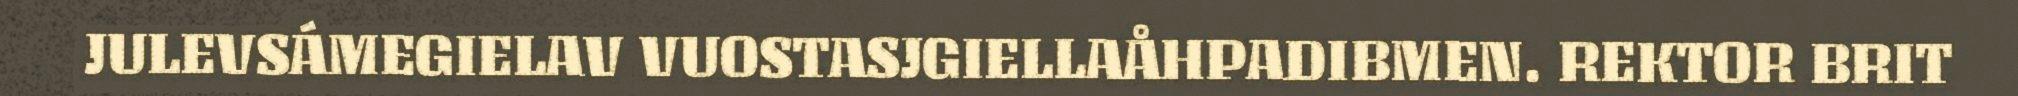
JULEVSÁMEGIELAV VUOSTASJGIELLAÅHPADIBMEN. REKTOR BRIT